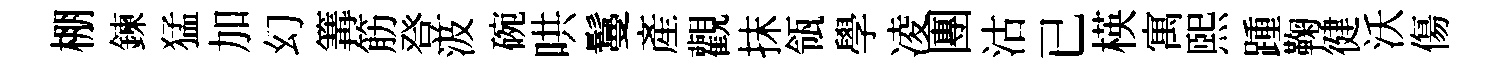
棚鍊猛加幻篝筋登汲碗哄鬘産觀抹瓴學凌團沽已楧寓煕踵鞠徤沃傷